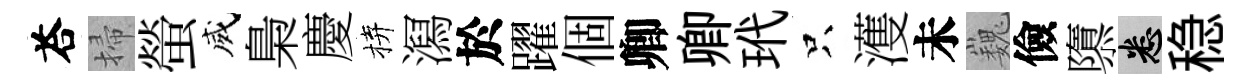
荅掃螢威梟慶拚㵼於躍個卿卿玳只濩未巍儉隳悉稳